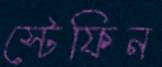
স্টেফিন